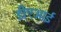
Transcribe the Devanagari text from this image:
डीएआई